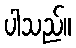
ပါသည်။